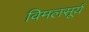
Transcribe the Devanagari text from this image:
विमलसूर्य